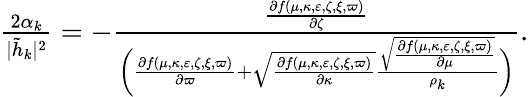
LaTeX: \begin{array}{r}{\frac{2\alpha_{k}}{|\tilde{h}_{k}|^{2}}=-\frac{\frac{\partial f(\mu,\kappa,\varepsilon,\zeta,\xi,\varpi)}{\partial\zeta}}{\bigg(\frac{\partial f(\mu,\kappa,\varepsilon,\zeta,\xi,\varpi)}{\partial\varpi}+\sqrt{\frac{\partial f(\mu,\kappa,\varepsilon,\zeta,\xi,\varpi)}{\partial\kappa}}\frac{\sqrt{{\frac{\partial f(\mu,\kappa,\varepsilon,\zeta,\xi,\varpi)}{\partial\mu}}}}{\rho_{k}}\bigg)}.}\end{array}